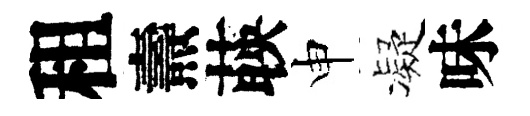
租燾𦴤申凝味